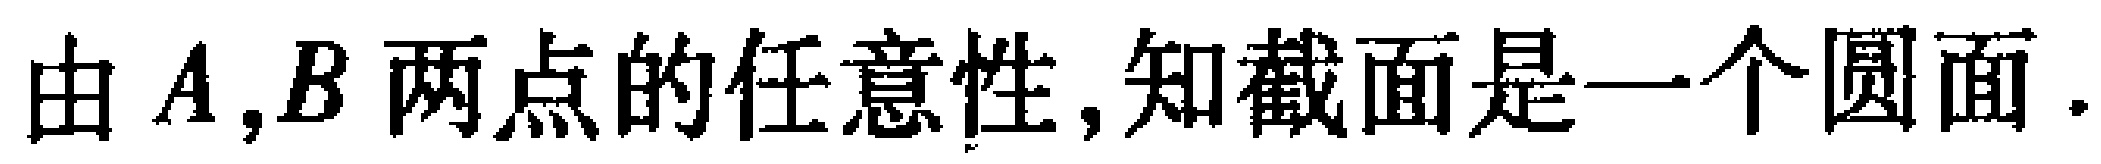
由 \(A,B\) 两点的任意性,知截面是一个圆面.